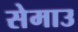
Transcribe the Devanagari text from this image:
सेमाउ